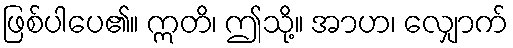
ဖြစ်ပါပေ၏။ ဣတိ၊ ဤသို့။ အာဟ၊ လျှောက်